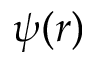
\psi ( r )